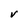
Character: V